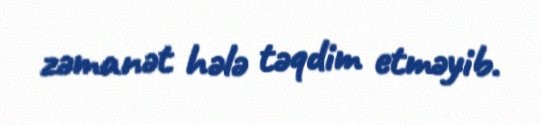
zəmanət hələ təqdim etməyib.